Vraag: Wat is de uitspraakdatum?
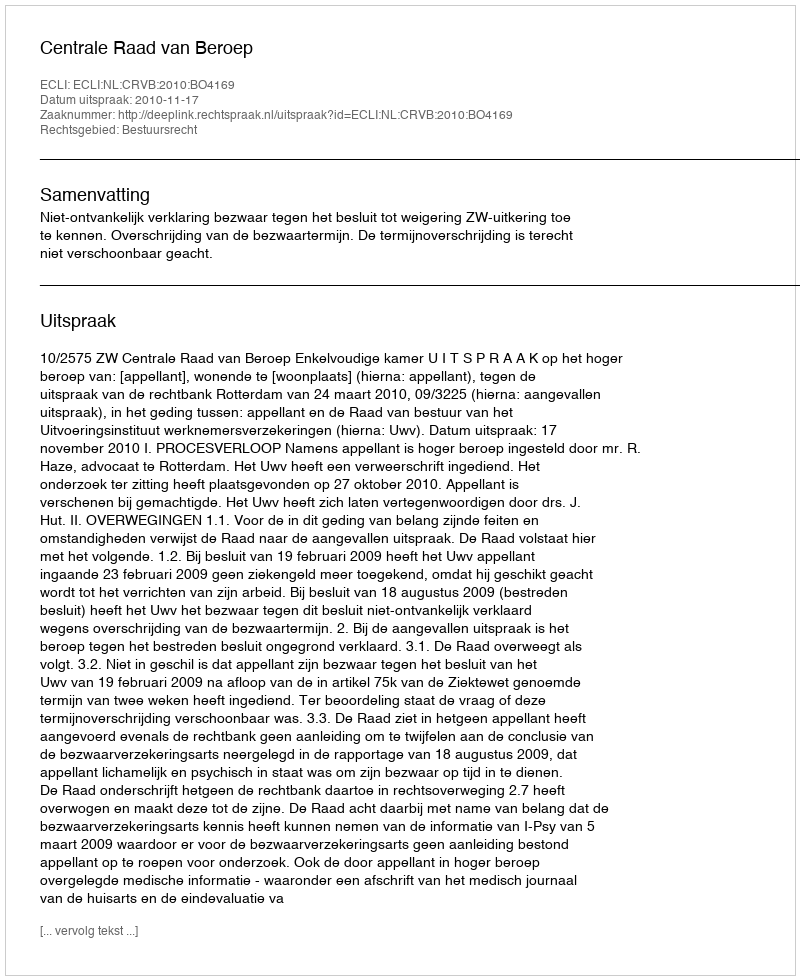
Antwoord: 2010-11-17